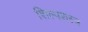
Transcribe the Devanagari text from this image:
शिल्पशस्त्र